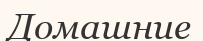
Домашние